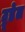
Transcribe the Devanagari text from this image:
ट्रूडेल